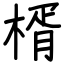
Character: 楈